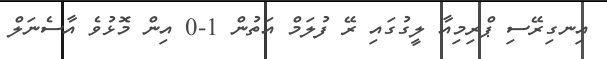
އިނގިރޭސި ޕްރިމިއާ ލީގުގައި ރޭ ފުލަމް އަތުން 1-0 އިން މޮޅުވެ އާސެނަލް